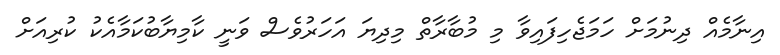
އިނާމެއް ދިނުމަށް ހަމަޖެހިފައިވާ މި މުބާރާތް މިދިޔަ އަހަރުވެސް ވަނީ ކާމިޔާބުކަމާއެކު ކުރިއަށް